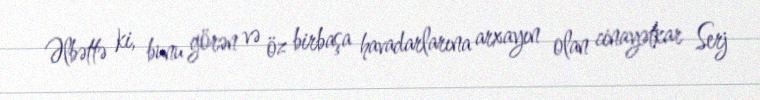
Əlbəttə ki, bunu görən və öz birbaşa havadarlarına arxayın olan cinayətkar Serj